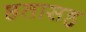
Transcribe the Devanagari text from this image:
छतासह